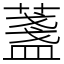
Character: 𦾟